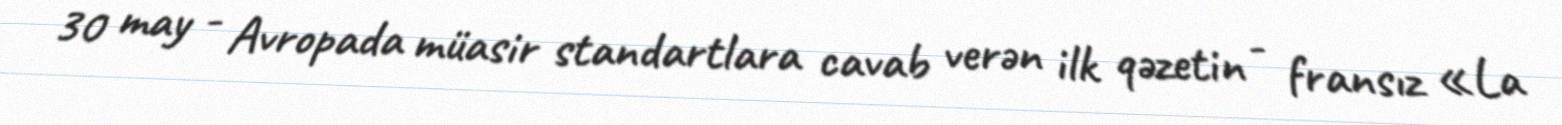
30 may - Avropada müasir standartlara cavab verən ilk qəzetin - fransız «La